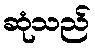
ဆုံသည်